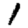
Digit: 1